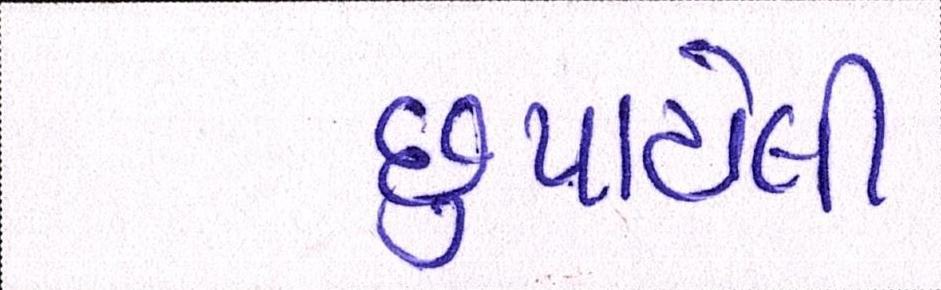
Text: છુપાયેલી